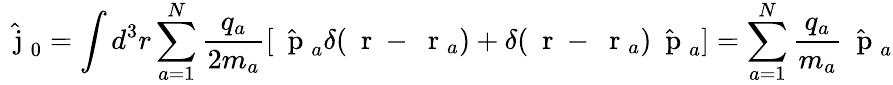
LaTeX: \hat{\mathrm{~\mathbf~j~}}_{0}=\int d^{3}r\sum_{a=1}^{N}\frac{q_{a}}{2m_{a}}[\hat{\mathrm{~\mathbf~p~}}_{a}\delta(\mathrm{~\mathbf~r~}-\mathrm{~\mathbf~r~}_{a})+\delta(\mathrm{~\mathbf~r~}-\mathrm{~\mathbf~r~}_{a})\hat{\mathrm{~\mathbf~p~}}_{a}]=\sum_{a=1}^{N}\frac{q_{a}}{m_{a}}\hat{\mathrm{~\mathbf~p~}}_{a}